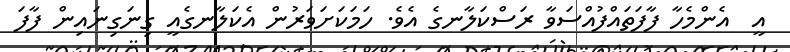
އީ  އެންމެހާ ފާފަތައްފުއްސަވާ ރަސްކަލާނގެ އެވެ. ހަމަކަށަވަރުން އެކަލާނގެއީ ގިނަގިނައިން ފާފަ